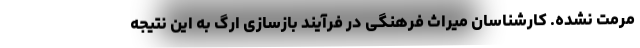
مرمت نشده. کارشناسان میراث فرهنگی در فرآیند بازسازی ارگ به این نتیجه